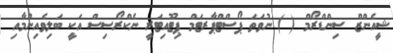
ޝީއެންޒް ސިންޑްރޯމް ( ) ނުވަތަ ޕޯސްޓްޕާރޓަމް ޕިޓޫއިޓަރީ ނެކްރޯސިސް އަކީ ބަލިވެއިނުމާއި